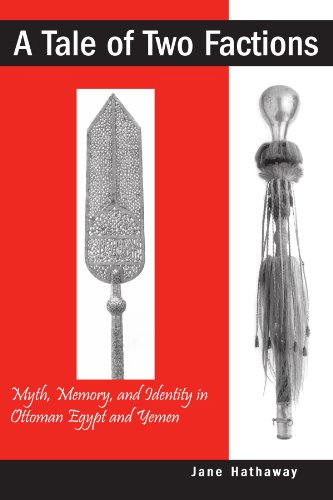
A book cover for A Tale of Two Factions: Myth, Memory, and Identity in Ottoman Egypt and Yemen (Suny Series in the Social and Economic History of the Middle East); Jane Hathaway; History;